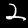
Label: 2